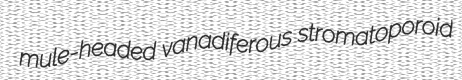
mule-headed vanadiferous stromatoporoid